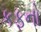
કફનો